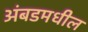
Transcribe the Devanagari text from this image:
अंबडमधील